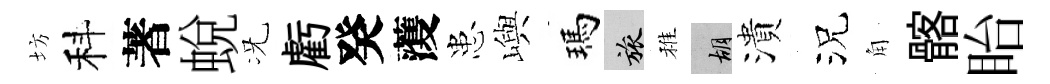
坊科著蛻况虧癸𮑮患嶼瑪旅稚胡潰況角髂眙